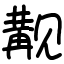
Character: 觏